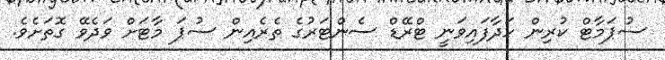
ސުޕަމާޓް ކުރިން ހަދާފައިވަނީ ޓްރޭޑް ސެންޓަރުގެ ތެރެއިން ސުޕަ މާޓަށް ވަދެވޭ ގޮތަށެވެ.